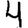
Digit: 4